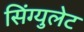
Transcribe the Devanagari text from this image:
सिंग्युलेट